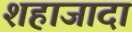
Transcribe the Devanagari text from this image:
शहाजादा